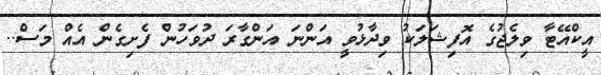
އީކްއޭޓާ ވިލެޖުގެ އޮފިޝަލަކު ވިދާޅުވީ އަންނަ އަންގާރަ ދުވަހުން ފެށިގެން އެއް މަސް..